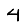
Digit: 4